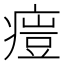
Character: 𤸳